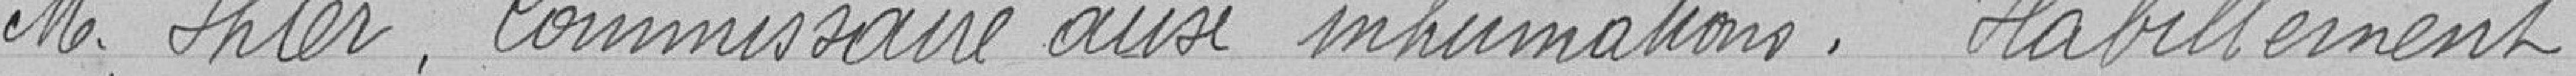
M. Ihler. Commissaire aux inhumations. Habillement.